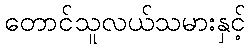
တောင်သူလယ်သမားနှင့်